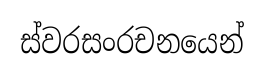
ස්වරසංරචනයෙන්